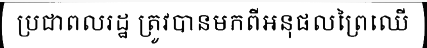
ប្រជាពលរដ្ឋ ត្រូវបានមកពីអនុផលព្រៃឈើ